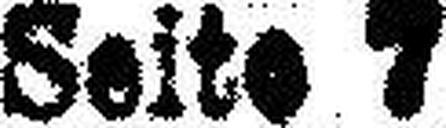
Seite 7